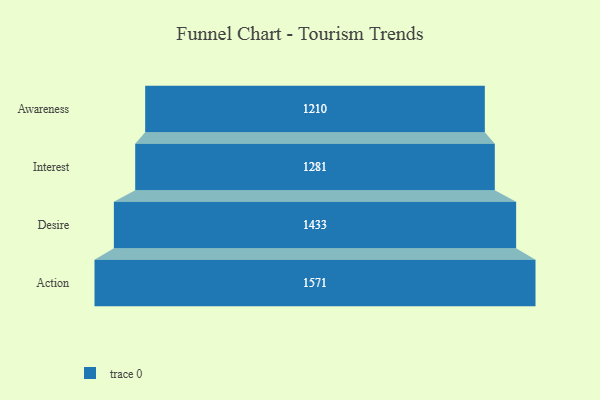
{"axis": {"x": "Stage", "y": "Value"}, "legend": [""], "data": [{"x": "Awareness", "y": 1210.0, "type": ""}, {"x": "Interest", "y": 1281.0, "type": ""}, {"x": "Desire", "y": 1433.0, "type": ""}, {"x": "Action", "y": 1571.0, "type": ""}]}